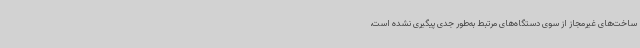
ساخت‌های غیرمجاز از سوی دستگاه‌های مرتبط به‌طور جدی پیگیری نشده است،